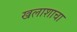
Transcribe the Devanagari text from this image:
खलाशाचा